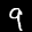
Label: 9